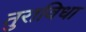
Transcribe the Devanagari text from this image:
तुराविधा